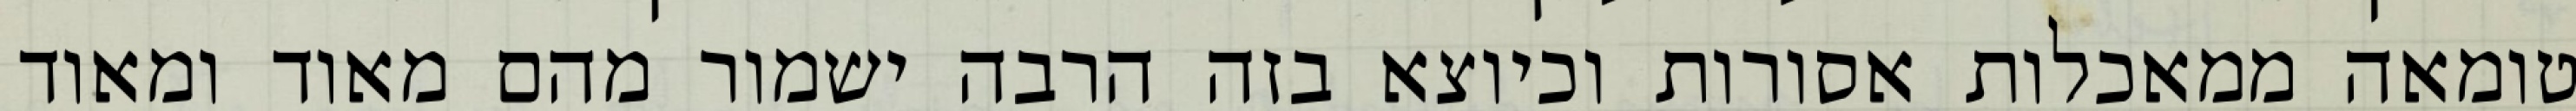
טומאה ממאכלות אסורות וכיוצא בזה הרבה ישמור מהם מאוד ומאוד